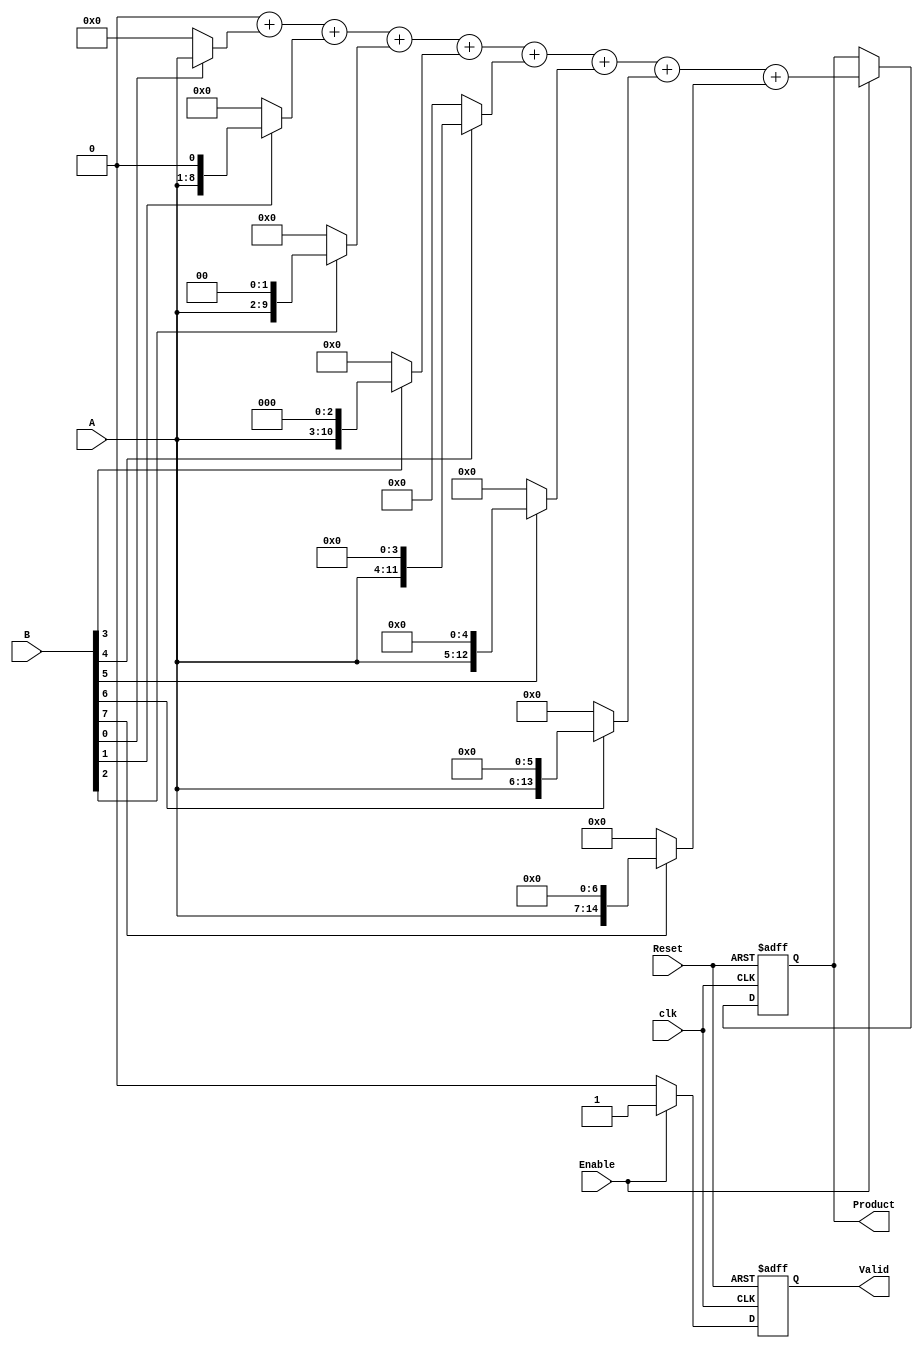
module PartialProductAccumulator #(
    parameter N = 8, // Bit width of operand A
    parameter M = 8  // Bit width of operand B
)(
    input  wire [N-1:0] A,        // Operand 1 (multiplicand)
    input  wire [M-1:0] B,        // Operand 2 (multiplier)
    input  wire Enable,            // Control signal to enable accumulation
    input  wire Reset,             // Asynchronous reset signal
    input  wire clk,               // Clock signal
    output reg [(N+M)-1:0] Product, // Final product output
    output reg Valid               // Signal indicating product is valid
);

    reg [(N+M)-1:0] partial_products [0:M-1]; // Array to hold partial products
    reg [(N+M)-1:0] accumulator;                // Accumulator register
    integer i;

    // Generate partial products
    always @(*) begin
        for (i = 0; i < M; i = i + 1) begin
            partial_products[i] = (B[i] ? A << i : 0); // Shift A by i if B[i] is 1
        end
    end

    // Accumulate partial products
    always @(posedge clk or posedge Reset) begin
        if (Reset) begin
            Product <= 0;
            accumulator <= 0;
            Valid <= 0;
        end else if (Enable) begin
            // Sum all partial products
            accumulator = 0;
            for (i = 0; i < M; i = i + 1) begin
                accumulator = accumulator + partial_products[i];
            end
            Product <= accumulator; // Update the product
            Valid <= 1;             // Indicate that the product is valid
        end else begin
            Valid <= 0; // Reset valid signal if not enabled
        end
    end

endmodule